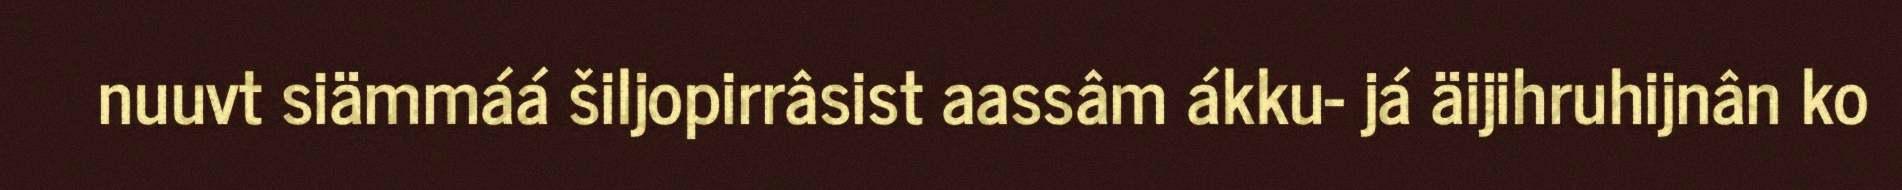
nuuvt siämmáá šiljopirrâsist aassâm ákku- já äijihruhijnân ko